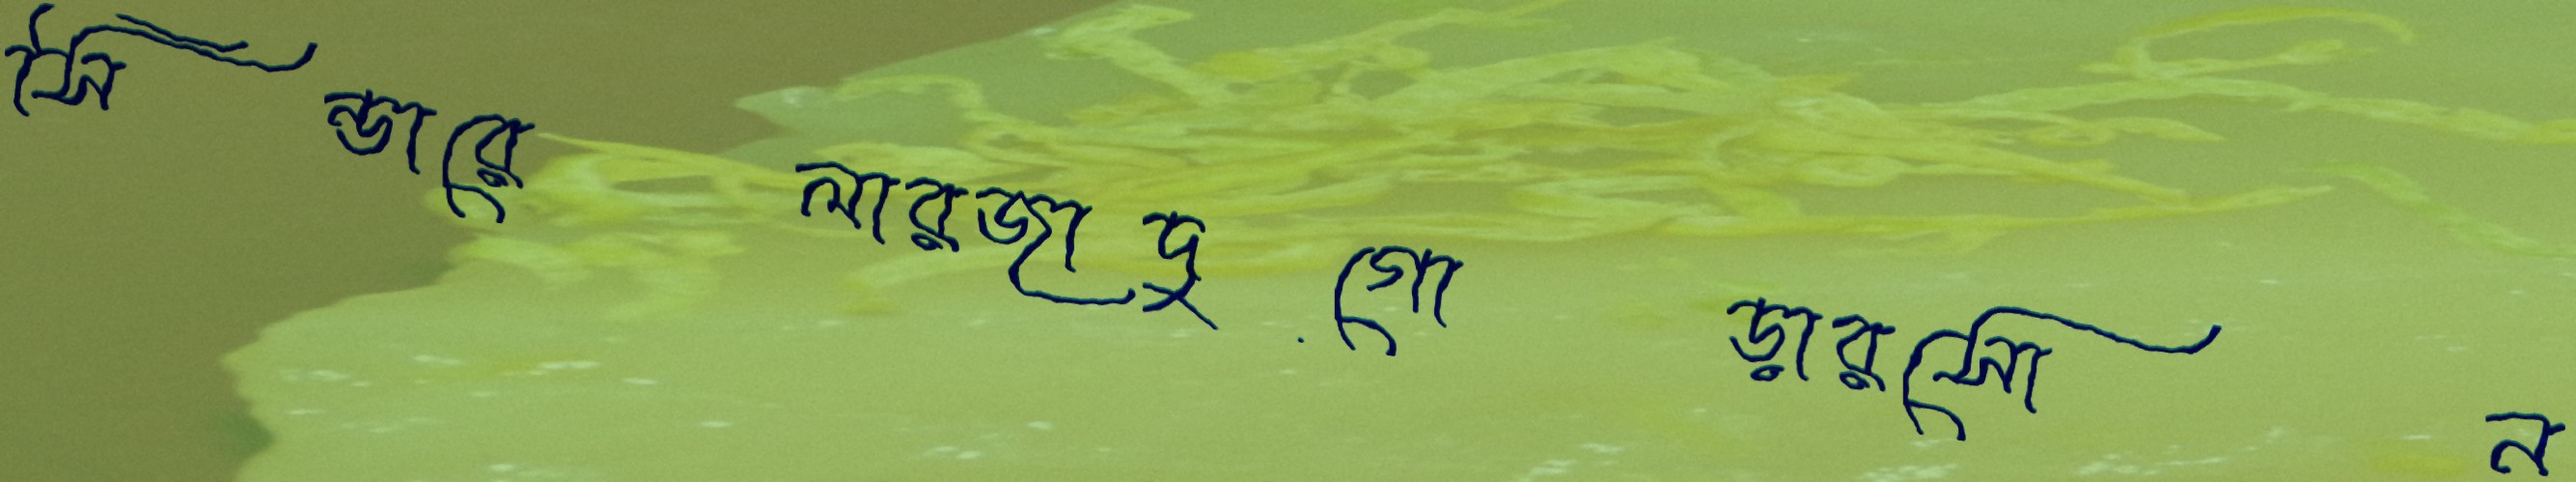
সিন্ডারেলারজাদুগোড়ারসোন